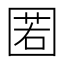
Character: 𡈉